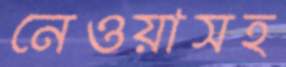
নেওয়াসহ